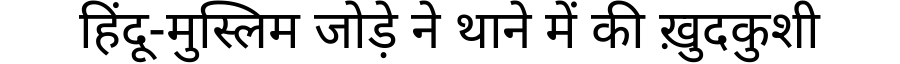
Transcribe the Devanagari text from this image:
हिंदू-मुस्लिम जोड़े ने थाने में की ख़ुदकुशी